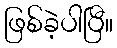
ဖြစ်ခဲ့ပါပြီ။